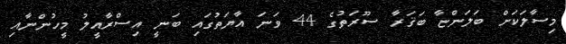
މިސާލަކަށް ބަލަންޏާ ބަޤަރާ ސޫރަތުގެ 44 ވަނަ އާޔަތުގައި ބަނީ އިސްރާއީލު މީހުންނާއި